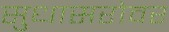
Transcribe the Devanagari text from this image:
सुधासरोवर